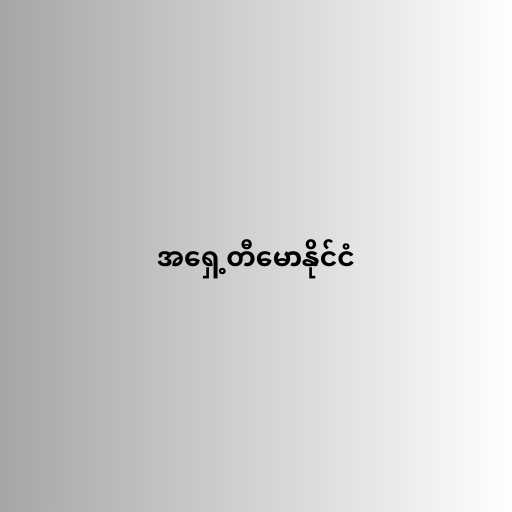
အရှေ့တီမောနိုင်ငံ